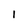
Character: 1